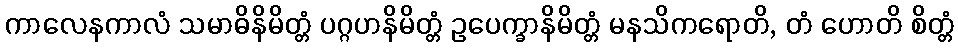
ကာလေနကာလံ သမာဓိနိမိတ္တံ ပဂ္ဂဟနိမိတ္တံ ဥပေက္ခာနိမိတ္တံ မနသိကရောတိ, တံ ဟောတိ စိတ္တံ